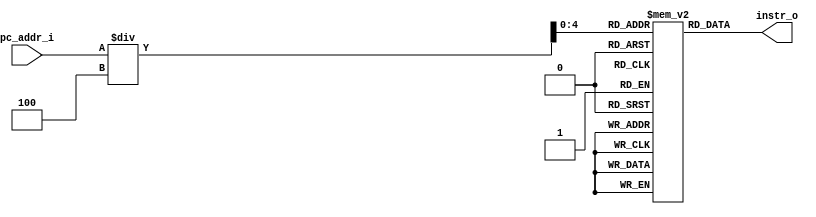
//Subject:     CA - Instruction Memory
//--------------------------------------------------------------------------------

module Instr_Memory(
    pc_addr_i,
	instr_o
	);
     
//I/O ports
input  [32-1:0]  pc_addr_i;
output [32-1:0]	 instr_o;

//Internal Signals
reg    [32-1:0]	 instr_o;
integer          i;

//32 words Memory
reg    [32-1:0]  Instr_Mem [0:32-1];

//Parameter
    
//Main function
always @(pc_addr_i) begin
	instr_o = Instr_Mem[pc_addr_i/4];
end
    
//Initial Memory Contents
initial begin
    for ( i=0; i<32; i=i+1 )
	    Instr_Mem[i] = 32'b0;
		
end
endmodule